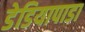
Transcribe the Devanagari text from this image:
डेडियापाडा